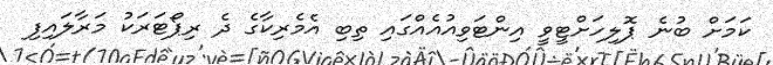
ކަމަށް ބުނެ ޕޮލިހަށްޓީވީ އިންޓަވިއުއެއްގައި ތިބި އެމެރިކާގެ ދެ ރިޕޯޓަރަކު މަރާލައިފި